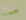
حسنا